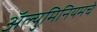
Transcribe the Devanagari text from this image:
अॅल्युमिनियमचे